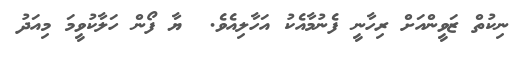
ނިކުތް ޒަވީންއަށް ރިހާނީ ފެނުމާއެކު އަހާލިއެވެ.  ޔާ ފޯން ހަލާކުވީމަ މިއަދު